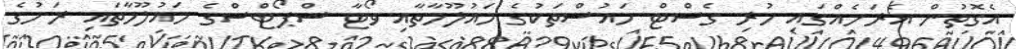
އެގޮތުން އެރަށެއްގައި ހުރި ގެސްޓް ހައުސްތަކުގެ މައުލޫމާތާއި ވޯޓާ ސްޕޯޓްސްގެ މައުލޫމާތައި ރަށުގެ